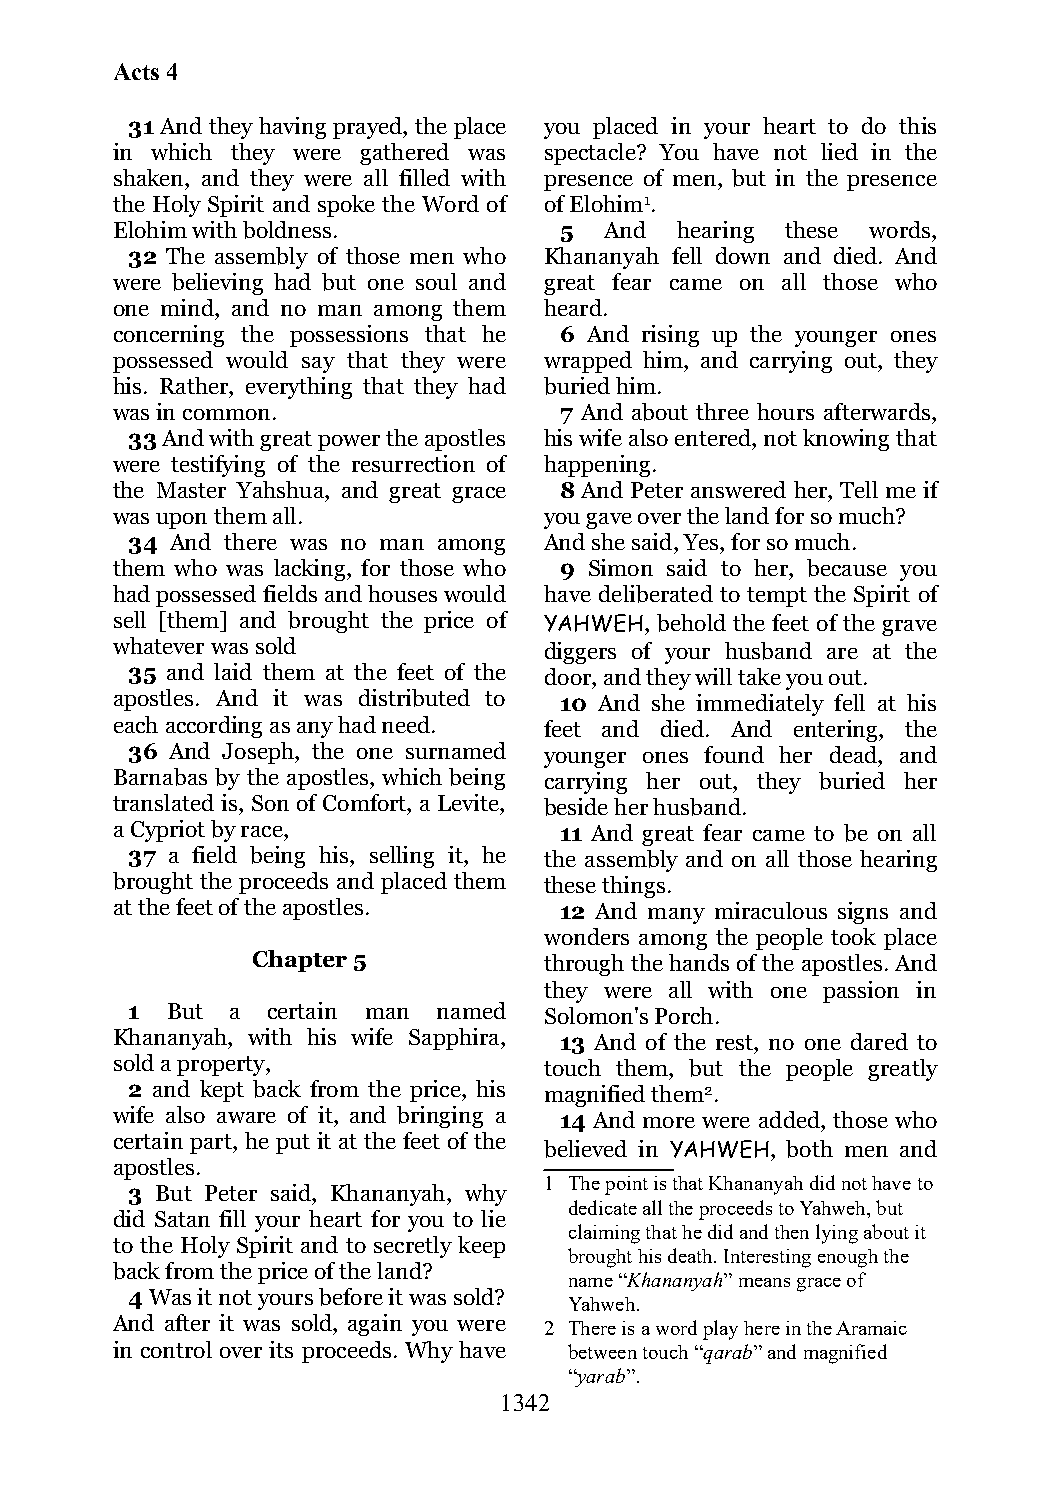
Acts 4
 31 And they having prayed, the place you placed in your heart to do this
 in which they were gathered was spectacle? You have not lied in the
 shaken, and they were all filled with presence of men, but in the presence
 the Holy Spirit and spoke the Word of of Elohim1.
 Elohim with boldness.         5  And  hearing these words,
 32 The assembly of those men who Khananyah fell down and died. And
 were believing had but one soul and great fear came on all those who
 one mind, and no man among them heard.
 concerning the possessions that he 6 And rising up the younger ones
 possessed would say that they were wrapped him, and carrying out, they
 his. Rather, everything that they had buried him.
 was in common.                7 And about three hours afterwards,
 33 And with great power the apostles his wife also entered, not knowing that
 were testifying of the resurrection of happening.
 the Master Yahshua, and great grace 8 And Peter answered her, Tell me if
 was upon them all.           you gave over the land for so much?
 34 And there was no man among And she said, Yes, for so much.
 them who was lacking, for those who 9 Simon said to her, because you
 had possessed fields and houses would have deliberated to tempt the Spirit of
 sell [them] and brought the price of YAHWEH, behold the feet of the grave
 whatever was sold            diggers of your husband are at the
 35 and laid them at the feet of the door, and they will take you out.
 apostles. And it was distributed to 10 And she immediately fell at his
 each according as any had need. feet and died. And entering, the
 36 And Joseph, the one surnamed younger ones found her dead, and
 Barnabas by the apostles, which being carrying her out, they buried her
 translated is, Son of Comfort, a Levite, beside her husband.
 a Cypriot by race,            11 And great fear came to be on all
 37 a field being his, selling it, he the assembly and on all those hearing
 brought the proceeds and placed them these things.
 at the feet of the apostles.  12 And many miraculous signs and
 wonders among the people took place
 Chapter 5          through the hands of the apostles. And
 they were all with one passion in
 1  But a  certain man named Solomon's Porch.
 Khananyah, with his wife Sapphira, 13 And of the rest, no one dared to
 sold a property,             touch them, but the people greatly
 2 and kept back from the price, his magnified them2.
 wife also aware of it, and bringing a 14 And more were added, those who
 certain part, he put it at the feet of the
 believed in YAHWEH, both men and
 apostles.
 1 The point is that Khananyah did not have to
 3 But Peter said, Khananyah, why
 dedicate all the proceeds to Yahweh, but
 did Satan fill your heart for you to lie
 claiming that he did and then lying about it
 to the Holy Spirit and to secretly keep
 brought his death. Interesting enough the
 back from the price of the land?
 name “Khananyah” means grace of
 4 Was it not yours before it was sold?
 Yahweh.
 And after it was sold, again you were 2 There is a word play here in the Aramaic
 in control over its proceeds. Why have between touch “qarab” and magnified
 “yarab”.
 1342